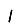
Digit: 1